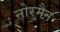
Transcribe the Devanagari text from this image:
नोरमैन